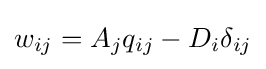
w_{ij}=A_{j}q_{ij}-D_{i}\delta _{ij}